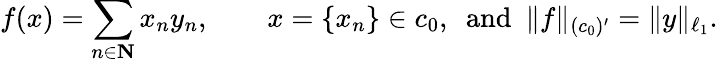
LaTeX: f(x)=\sum_{n\in\mathbf{N}}x_{n}y_{n},\qquad x=\{ x_{n}\} \in c_{0},\ \ {\mathrm{and}}\ \ \| f\| _{(c_{0})^{\prime}}=\| y\| _{\ell_{1}}.